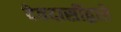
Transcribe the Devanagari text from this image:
देवदासींद्वारे